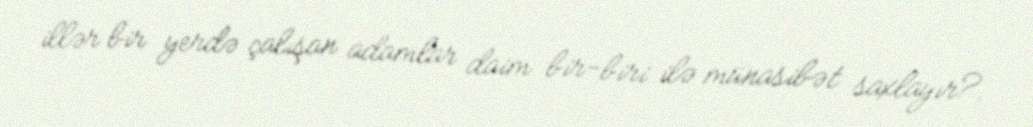
illər bir yerdə çalışan adamlar daim bir-biri ilə münasibət saxlayır?.